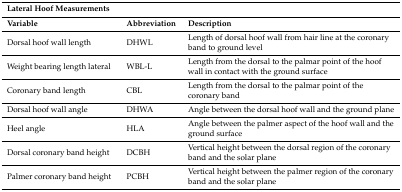
<table><thead><tr><td colspan="3"><b>Lateral Hoof Measurements</b></td></tr><tr><td><b>Variable</b></td><td><b>Abbreviation</b></td><td><b>Description</b></td></tr></thead><tbody><tr><td>Dorsal hoof wall length</td><td>DHWL</td><td>Length of dorsal hoof wall from hair line at the coronary band to ground level</td></tr><tr><td>Weight bearing length lateral </td><td>WBL-L</td><td>Length from the dorsal to the palmar point of the hoof wall in contact with the ground surface</td></tr><tr><td>Coronary band length </td><td>CBL</td><td>Length from the dorsal to the palmar point of the coronary band </td></tr><tr><td>Dorsal hoof wall angle </td><td>DHWA</td><td>Angle between the dorsal hoof wall and the ground plane</td></tr><tr><td>Heel angle </td><td>HLA</td><td>Angle between the palmer aspect of the hoof wall and the ground surface </td></tr><tr><td>Dorsal coronary band height</td><td>DCBH</td><td>Vertical height between the dorsal region of the coronary band and the solar plane</td></tr><tr><td>Palmer coronary band height </td><td>PCBH</td><td>Vertical height between the palmer region of the coronary band and the solar plane</td></tr></tbody></table>